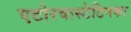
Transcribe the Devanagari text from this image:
एटोरवास्टेटिनका